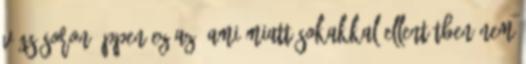
végsősoron éppen ez az, ami miatt sokakkal ellentétben nem